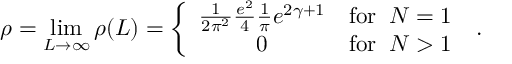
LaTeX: \rho = \operatorname * { l i m } _ { L \rightarrow \infty } \rho ( L ) = \left\{ \begin{array} { c r } { { \frac { 1 } { 2 \pi ^ { 2 } } \frac { e ^ { 2 } } { 4 } \frac { 1 } { \pi } e ^ { 2 \gamma + 1 } } } & { { \mathrm { f o r } \; \; N = 1 } } \\ { { 0 } } & { { \mathrm { f o r } \; \; N > 1 } } \end{array} \right. \; .